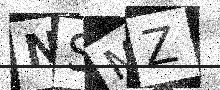
Text: NSMZ